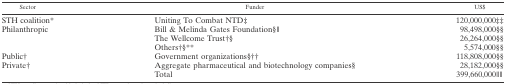
<table><thead><tr><td><b>Sector</b></td><td><b>Funder</b></td><td><b>US$</b></td></tr></thead><tbody><tr><td>STH coalition*</td><td>Uniting To Combat NTD‡</td><td>120,000,000‡‡</td></tr><tr><td rowspan="3">Philanthropic</td><td>Bill &amp; Melinda Gates Foundation§∥</td><td>98,498,000§§</td></tr><tr><td>The Wellcome Trust†§</td><td>26,264,000§§</td></tr><tr><td>Others†§**</td><td>5,574,000§§</td></tr><tr><td>Public†</td><td>Government organizations§††</td><td>118,808,000§§</td></tr><tr><td>Private†</td><td>Aggregate pharmaceutical and biotechnology companies§</td><td>28,182,000§§</td></tr><tr><td></td><td>Total</td><td>399,660,000∥∥</td></tr></tbody></table>